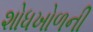
શોધખોળની